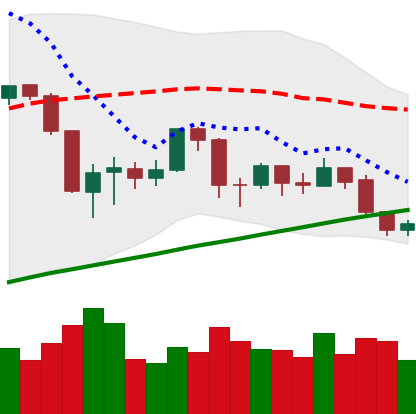
Ticker: BTC-USD
Chart end date: 2019-08-30
Forward return: 10.38%
Label: up_7plus